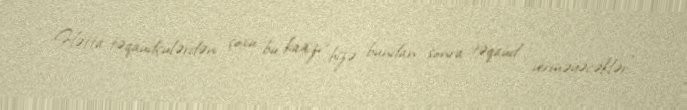
Hətta təqaüdçülərdən çoxu bu kağızı “bizə bundan sonra təqaüd verməyəcəklər”